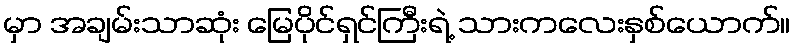
မှာ အချမ်းသာဆုံး မြေပိုင်ရှင်ကြီးရဲ့ သားကလေးနှစ်ယောက်။